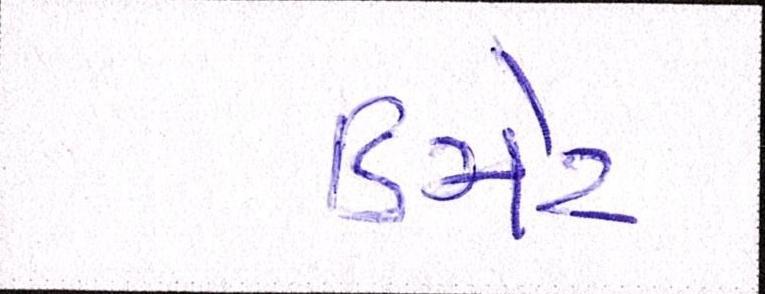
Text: ડિમેટ